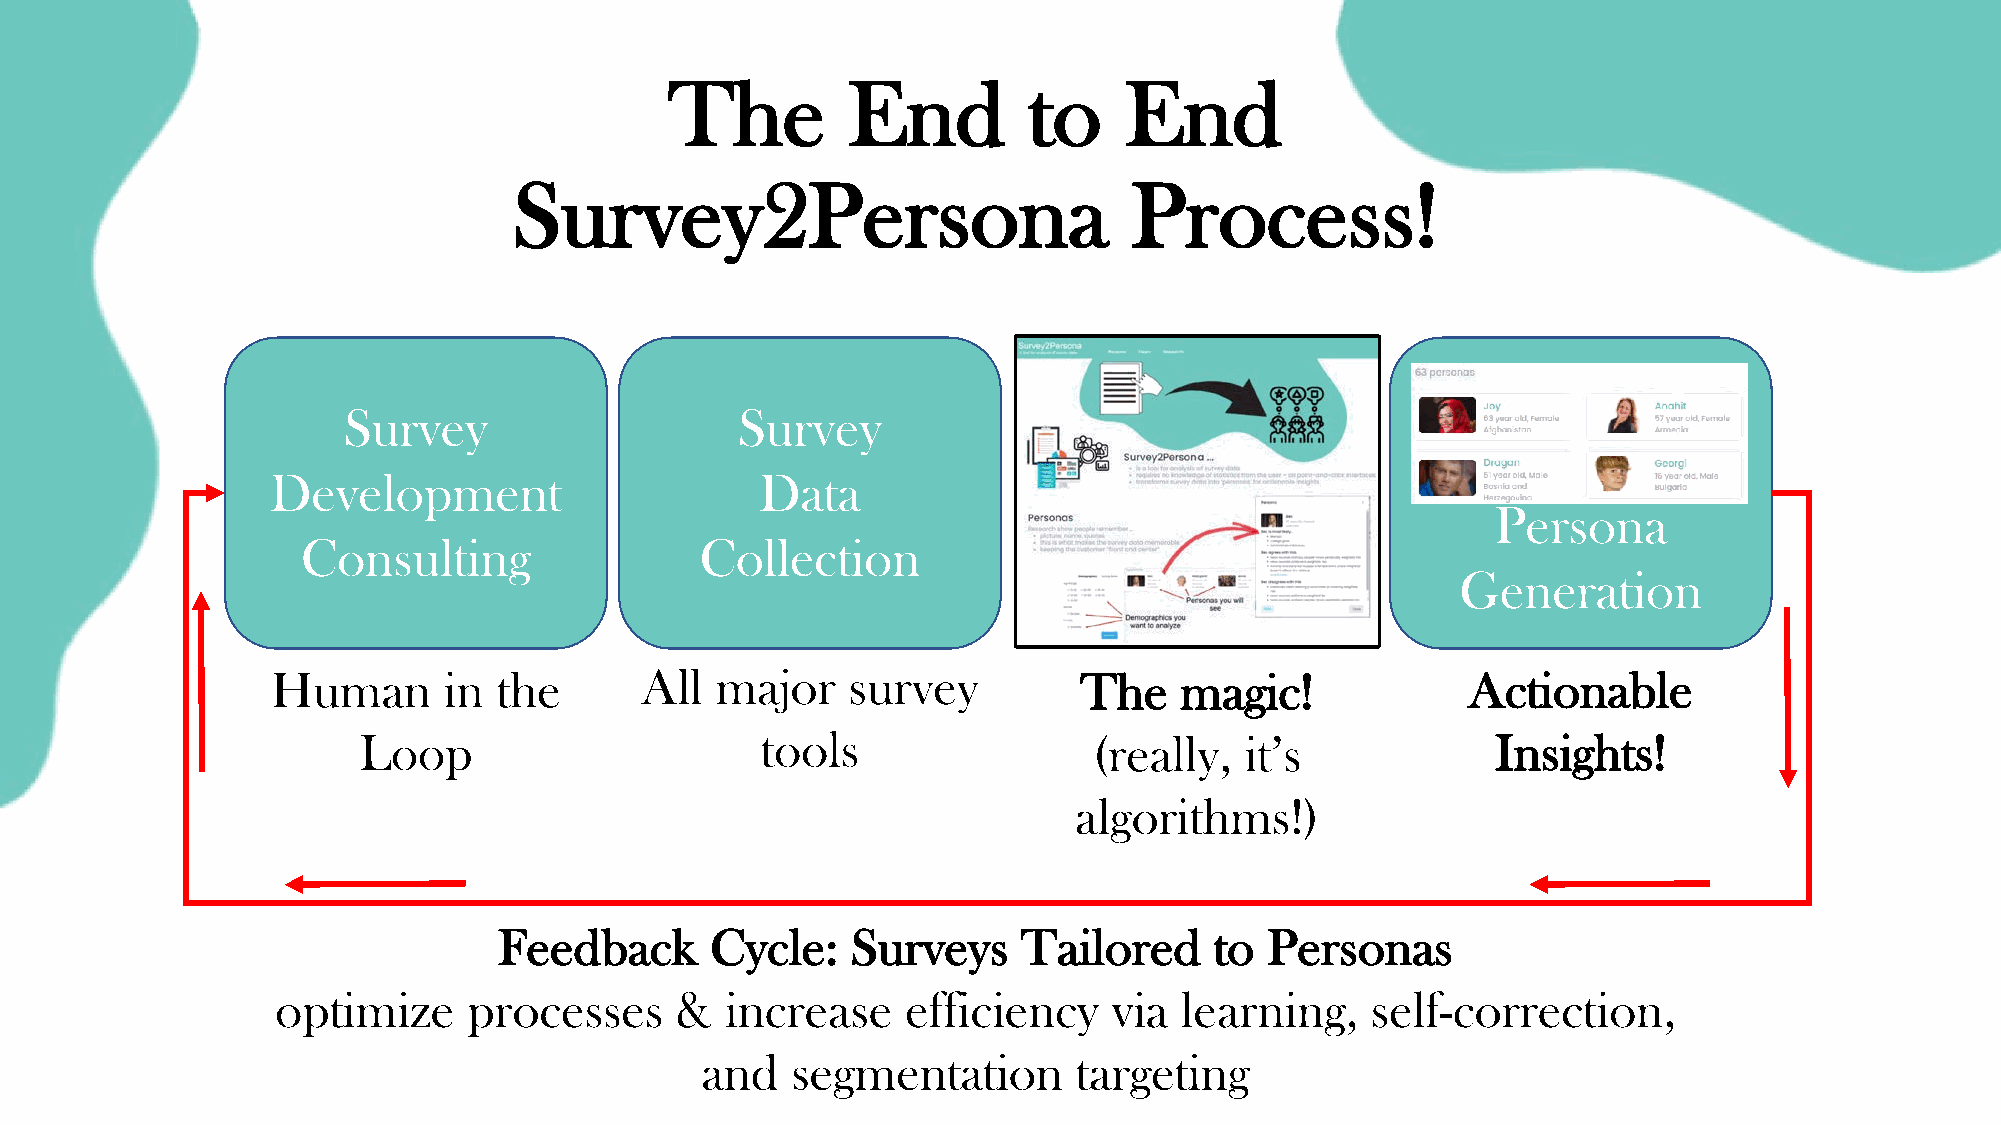
The         End         to    End
 Survey2Persona                           Process!
 Survey                    Survey
 Development                     Data
 Persona
 Consulting                Collection
 Generation
 Human      in  the      All  major    survey          The   magic!             Actionable
 Loop                      tools                 (really,  it’s             Insights!
 algorithms!)
 Feedback      Cycle:   Surveys     Tailored    to  Personas
 optimize     processes     &  increase    efficiency    via learning,    self-correction,
 and   segmentation       targeting